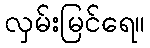
လှမ်းမြင်ရေ။